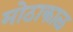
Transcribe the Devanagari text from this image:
मोठाकाळ